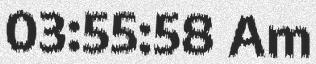
03:55:58 Am